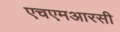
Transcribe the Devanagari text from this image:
एचएमआरसी